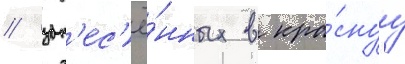
/ зан'ес'ё́нных в кра́снуу